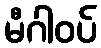
မီဂါဝပ်